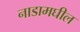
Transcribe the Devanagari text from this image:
नाडामघील